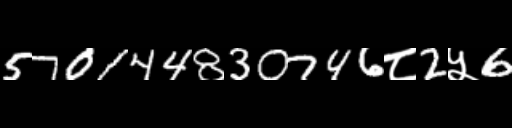
Text: 570144830746८2५6